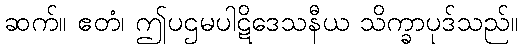
ဆက်။ ဧတံ၊ ဤပဌမပါဋိဒေသနီယ သိက္ခာပုဒ်သည်။